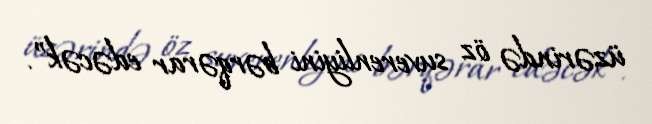
üzərində öz suverenliyini bərqərar edəcək”.